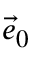
\scriptstyle { \vec { e } } _ { 0 }